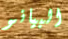
البيانو